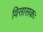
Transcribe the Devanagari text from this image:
विसासकः